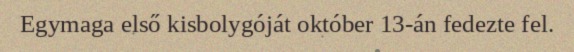
Egymaga első kisbolygóját október 13-án fedezte fel.